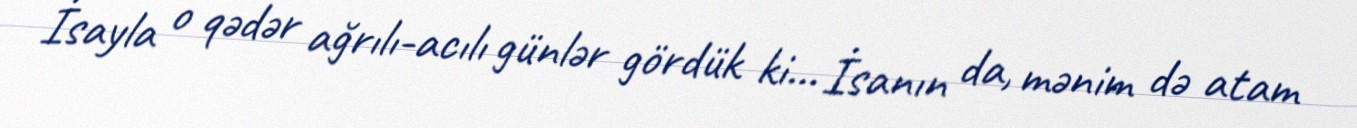
İsayla o qədər ağrılı-acılı günlər gördük ki... İsanın da, mənim də atam